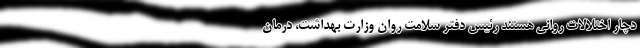
دچار اختلالات روانی هستند رئیس دفتر سلامت روان وزارت بهداشت، درمان